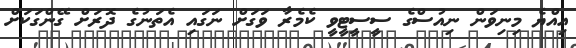
އިއްޔެ މިނިވަން ނިއުސްގެ ސީސީޓީވީ ކެމެރާ ވަގަށް ނަގައި އެތަނުގެ ދޮރަށް ގޭންގަކަށް